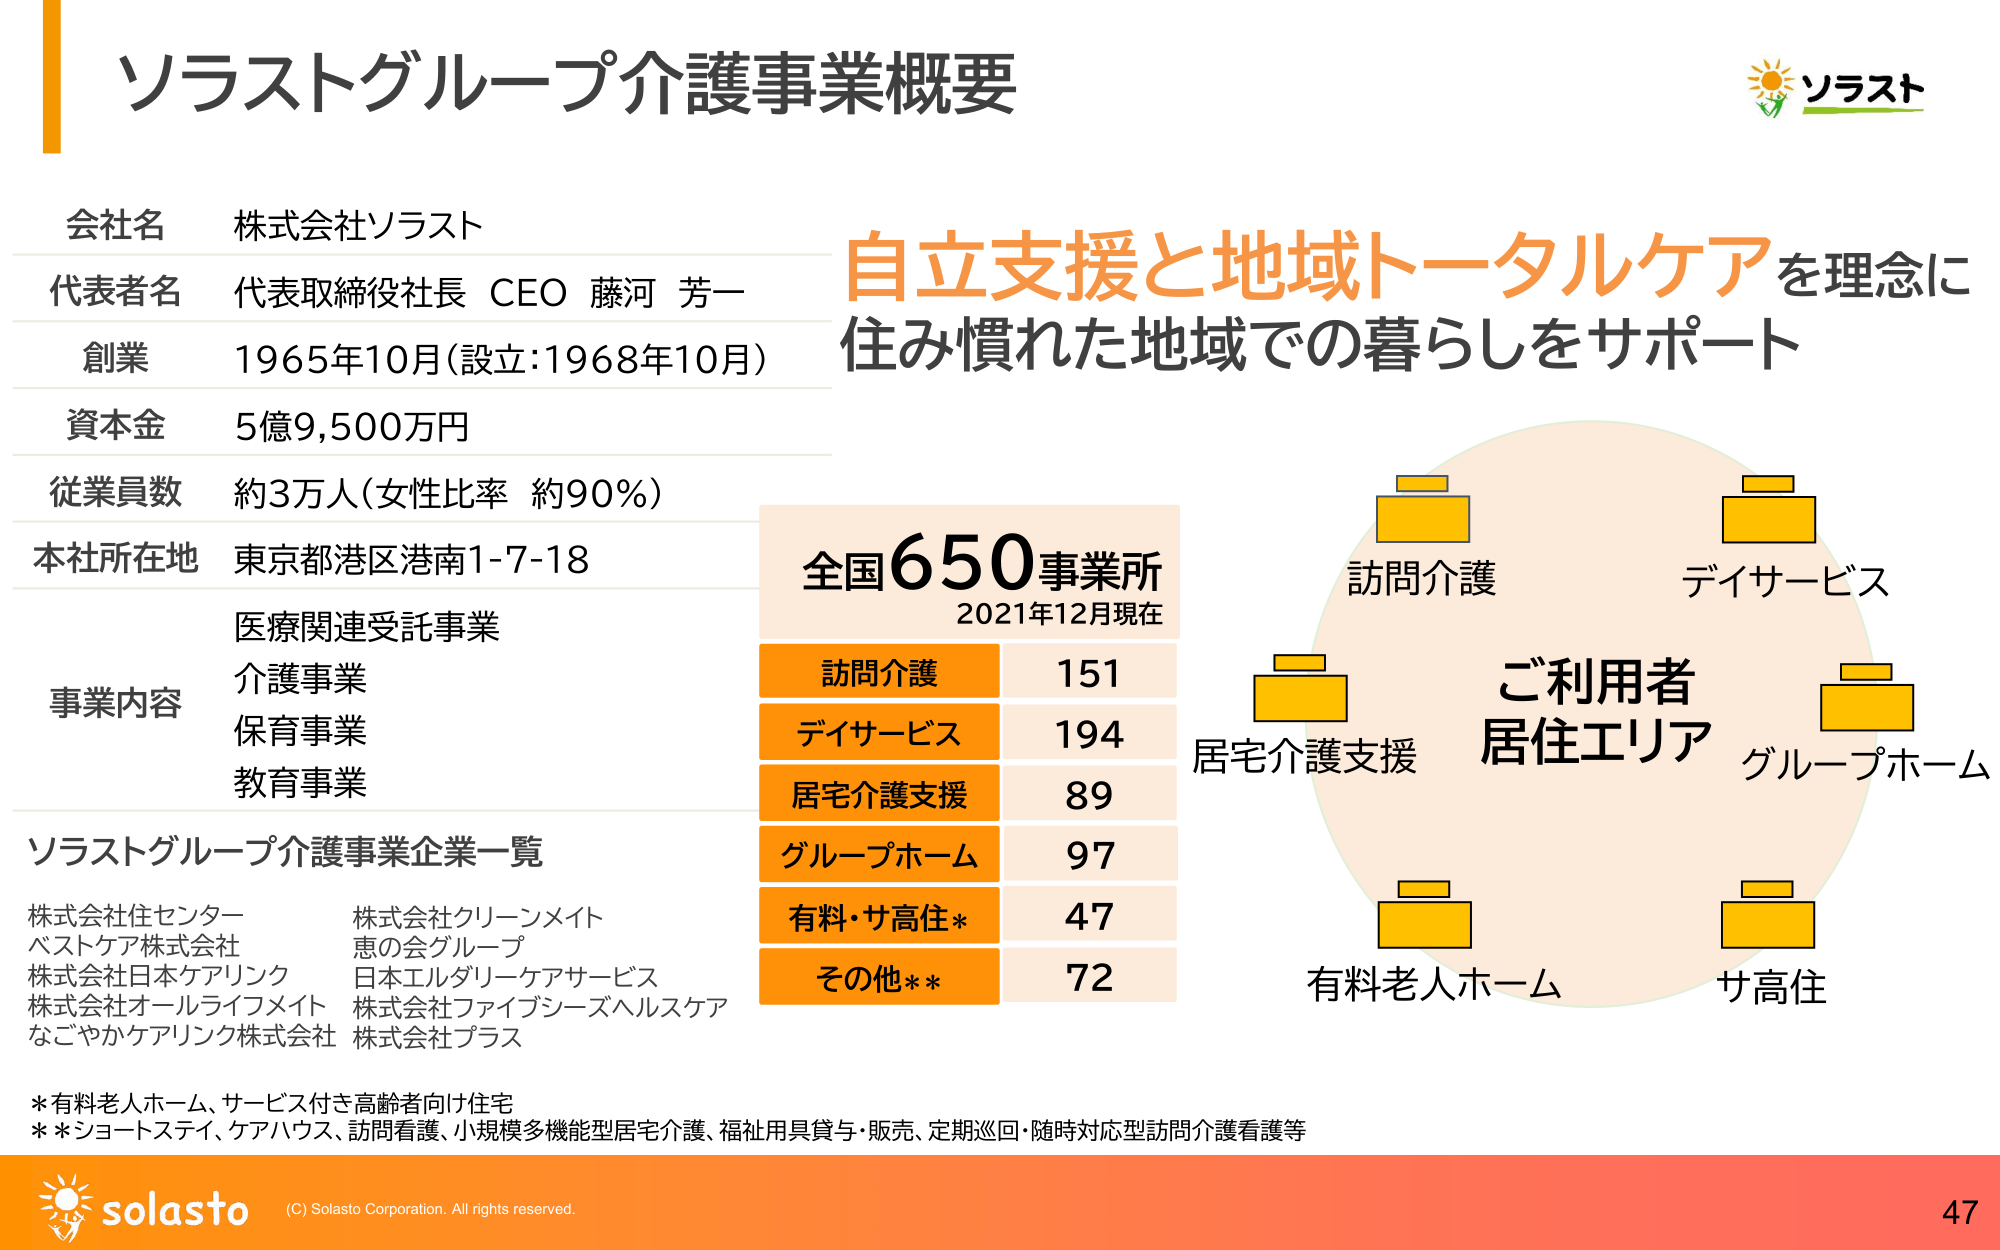
ソラストグループ介護事業概要

会社名 株式会社ソラスト
代表者名 代表取締役社長 CEO 藤河 芳一
創業 1965年10月（設立：1968年10月）
資本金 5億9,500万円
従業員数 約3万人（女性比率 約90％）
本社所在地 東京都港区港南1-7-18

事業内容
医療関連受託事業
介護事業
保育事業
教育事業

ソラストグループ介護事業企業一覧
株式会社住センター
ベストケア株式会社
株式会社日本ケアリンク
株式会社オールライフメイト
なごやかケアリンク株式会社
株式会社クリーンメイト
恵の会グループ
日本エルダリーケアサービス
株式会社ファイブシーズヘルスケア
株式会社プラス

自立支援と地域トータルケアを理念に
住み慣れた地域での暮らしをサポート

全国650事業所
2021年12月現在

訪問介護 151
デイサービス 194
居宅介護支援 89
グループホーム 97
有料・サ高住* 47
その他** 72

ご利用者
居住エリア

訪問介護
デイサービス
居宅介護支援
グループホーム
有料老人ホーム
サ高住

* 有料老人ホーム、サービス付き高齢者向け住宅
** ショートステイ、ケアハウス、訪問看護、小規模多機能型居宅介護、福祉用具貸与・販売、定期巡回・随時対応型訪問介護看護等

ソラスト
solasto
(C) Solasto Corporation. All rights reserved.
47